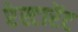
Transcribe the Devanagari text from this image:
रेस्टारेंट